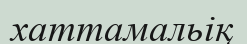
хаттамальіқ